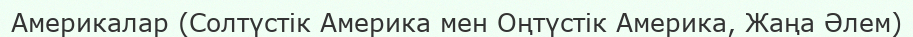
Америкалар (Солтүстік Америка мен Оңтүстік Америка, Жаңа Әлем)